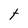
Character: t